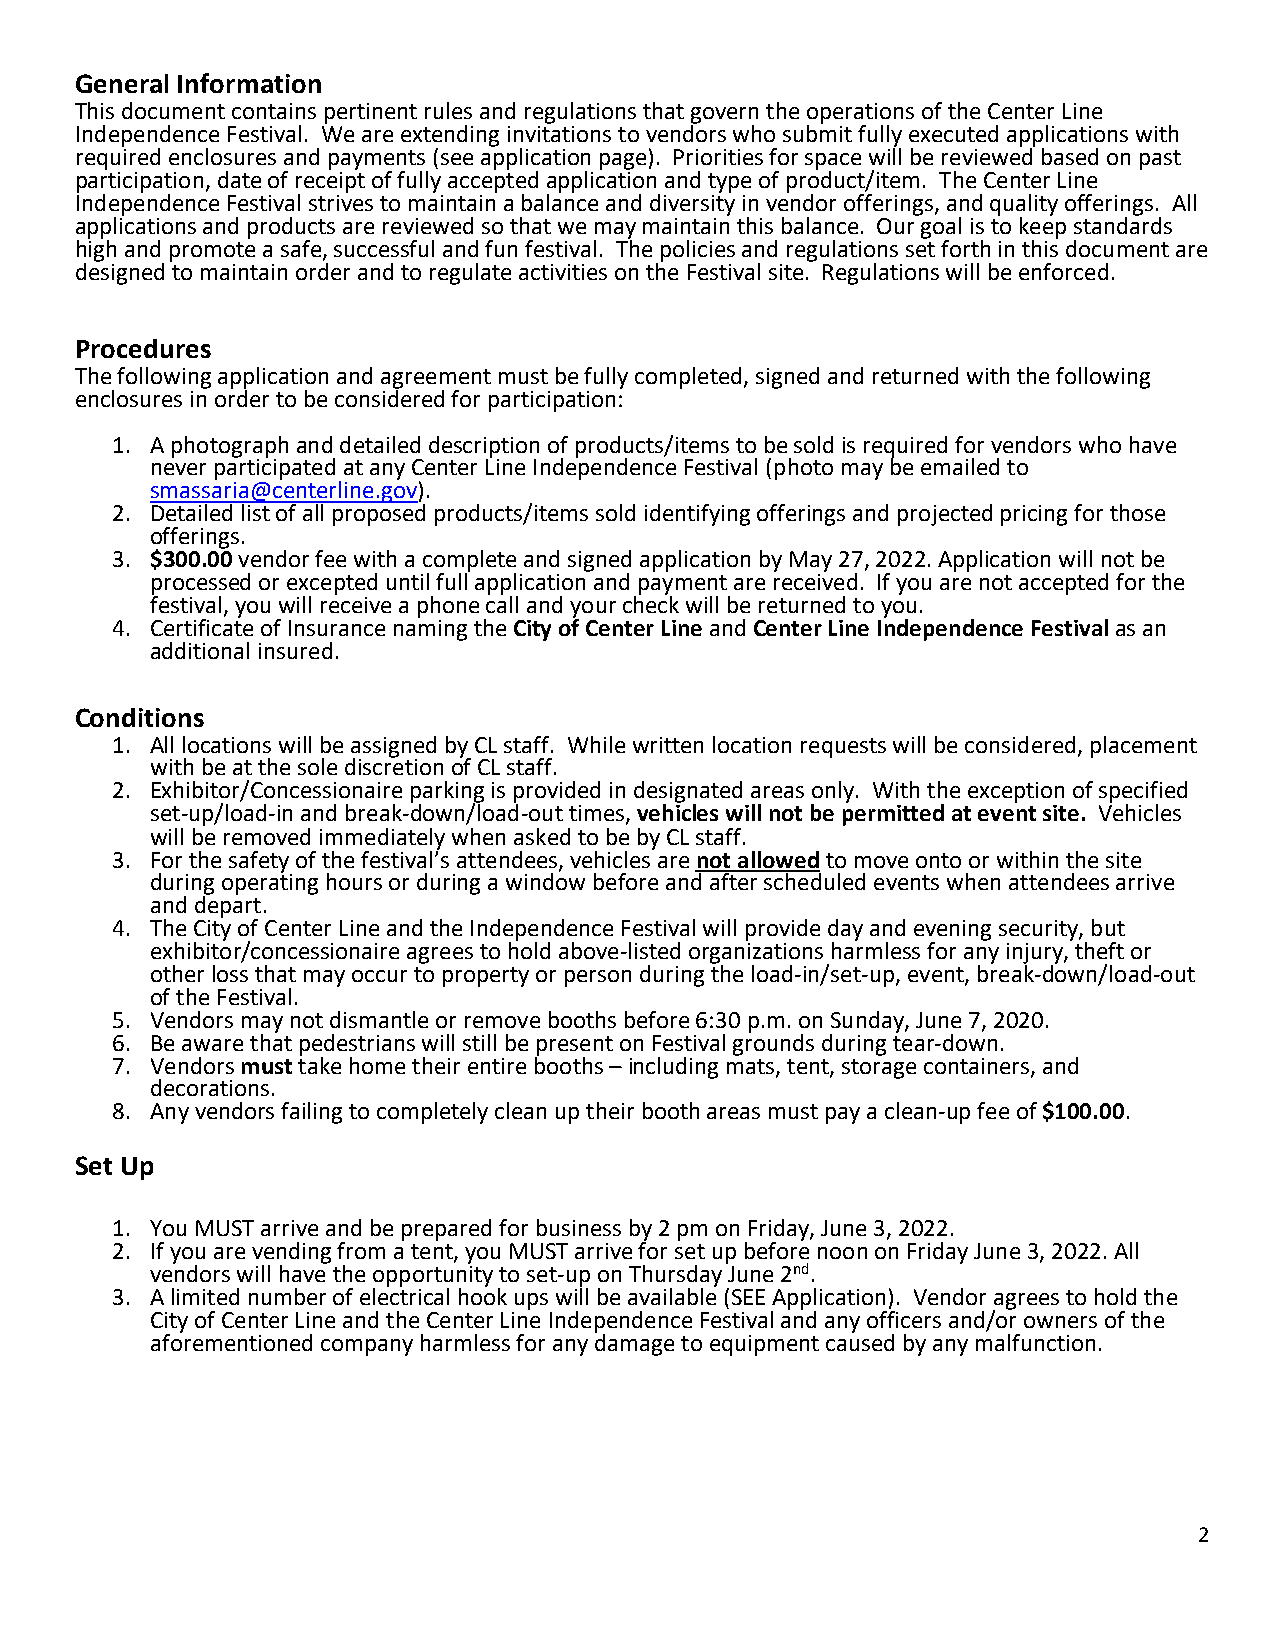
General Information
 This document contains pertinent rules and regulations that govern the operations of the Center Line
 Independence Festival. We are extending invitations to vendors who submit fully executed applications with
 required enclosures and payments (see application page). Priorities for space will be reviewed based on past
 participation, date of receipt of fully accepted application and type of product/item. The Center Line
 Independence Festival strives to maintain a balance and diversity in vendor offerings, and quality offerings. All
 applications and products are reviewed so that we may maintain this balance. Our goal is to keep standards
 high and promote a safe, successful and fun festival. The policies and regulations set forth in this document are
 designed to maintain order and to regulate activities on the Festival site. Regulations will be enforced.
 Procedures
 The following application and agreement must be fully completed, signed and returned with the following
 enclosures in order to be considered for participation:
 1. A photograph and detailed description of products/items to be sold is required for vendors who have
 never participated at any Center Line Independence Festival (photo may be emailed to
 smassaria@centerline.gov).
 2. Detailed list of all proposed products/items sold identifying offerings and projected pricing for those
 offerings.
 3. $300.00 vendor fee with a complete and signed application by May 27, 2022. Application will not be
 processed or excepted until full application and payment are received. If you are not accepted for the
 festival, you will receive a phone call and your check will be returned to you.
 4. Certificate of Insurance naming the City of Center Line and Center Line Independence Festival as an
 additional insured.
 Conditions
 1. All locations will be assigned by CL staff. While written location requests will be considered, placement
 with be at the sole discretion of CL staff.
 2. Exhibitor/Concessionaire parking is provided in designated areas only. With the exception of specified
 set-up/load-in and break-down/load-out times, vehicles will not be permitted at event site. Vehicles
 will be removed immediately when asked to be by CL staff.
 3. For the safety of the festival’s attendees, vehicles are not allowed to move onto or within the site
 during operating hours or during a window before and after scheduled events when attendees arrive
 and depart.
 4. The City of Center Line and the Independence Festival will provide day and evening security, but
 exhibitor/concessionaire agrees to hold above-listed organizations harmless for any injury, theft or
 other loss that may occur to property or person during the load-in/set-up, event, break-down/load-out
 of the Festival.
 5. Vendors may not dismantle or remove booths before 6:30 p.m. on Sunday, June 7, 2020.
 6. Be aware that pedestrians will still be present on Festival grounds during tear-down.
 7. Vendors must take home their entire booths – including mats, tent, storage containers, and
 decorations.
 8. Any vendors failing to completely clean up their booth areas must pay a clean-up fee of $100.00.
 Set Up
 1. You MUST arrive and be prepared for business by 2 pm on Friday, June 3, 2022.
 2. If you are vending from a tent, you MUST arrive for set up before noon on Friday June 3, 2022. All
 vendors will have the opportunity to set-up on Thursday June 2nd.
 3. A limited number of electrical hook ups will be available (SEE Application). Vendor agrees to hold the
 City of Center Line and the Center Line Independence Festival and any officers and/or owners of the
 aforementioned company harmless for any damage to equipment caused by any malfunction.
 2